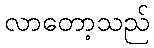
လာတော့သည်